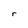
Character: r